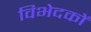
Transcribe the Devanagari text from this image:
विभेदकों